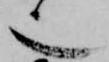
也